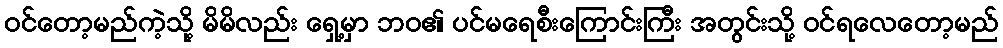
ဝင်တော့မည်ကဲ့သို့ မိမိလည်း ရှေ့မှာ ဘဝ၏ ပင်မရေစီးကြောင်းကြီး အတွင်းသို့ ဝင်ရလေတော့မည်